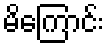
မိကြောင်း